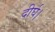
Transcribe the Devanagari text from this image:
दीर्घ।